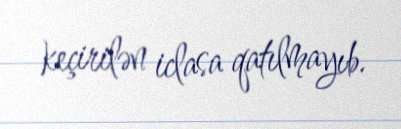
keçirilən iclasa qatılmayıb.